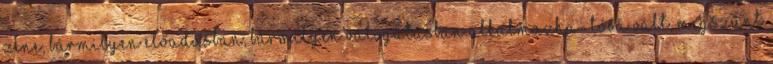
zene, bármilyen előadásban, bármilyen válogatásban alkalmazha- tóvá vált, megszűnt